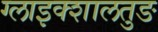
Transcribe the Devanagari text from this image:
ग्लाइक्शालतुङ